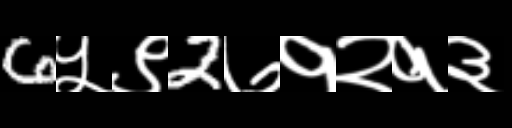
Text: 6५९2७१२१३